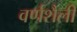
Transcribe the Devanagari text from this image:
वर्णशैली